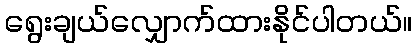
ရွေးချယ်လျှောက်ထားနိုင်ပါတယ်။